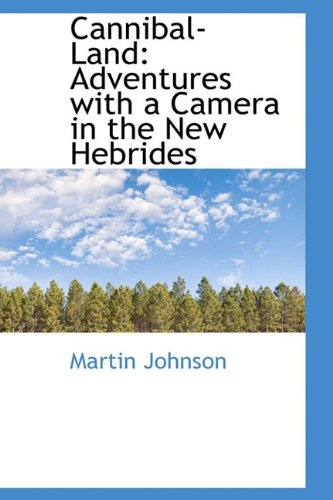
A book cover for Cannibal Land: Adventures with a Camera in the New Hebrides; Martin Johnson; Travel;